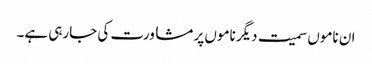
ان ناموں سمیت دیگر ناموں پر مشاورت کی جارہی ہے۔